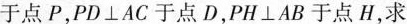
于点P，PD\bot AC于点D，PH\bot AB于点H，求